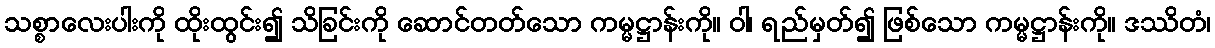
သစ္စာလေးပါးကို ထိုးထွင်း၍ သိခြင်းကို ဆောင်တတ်သော ကမ္မဋ္ဌာန်းကို။ ဝါ၊ ရည်မှတ်၍ ဖြစ်သော ကမ္မဋ္ဌာန်းကို။ ဒဿိတံ၊